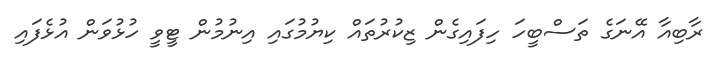
ރާބިއާ އޭނަގެ ތަސްބީހަ ހިފައިގެން ޒިކުރުތައް ކިޔުމުގައި އިނުމުން ޓީވީ ހުޅުވަން އުޅެފައި